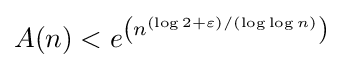
A(n)<e^{\left(n^{(\log 2+\varepsilon )/(\log \log n)}\right)}